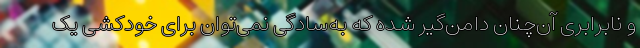
و نابرابری آن‌چنان دامن‌گیر شده که به‌سادگی نمی‌توان برای خودکشی یک